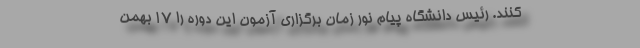
کنند. رئیس دانشگاه پیام نور زمان برگزاری آزمون این دوره را ۱۷ بهمن